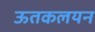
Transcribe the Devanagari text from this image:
ऊतकलयन